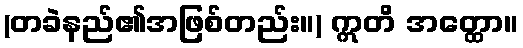
(တခဲနည်၏အဖြစ်တည်း။) ဣတိ အတ္ထော။